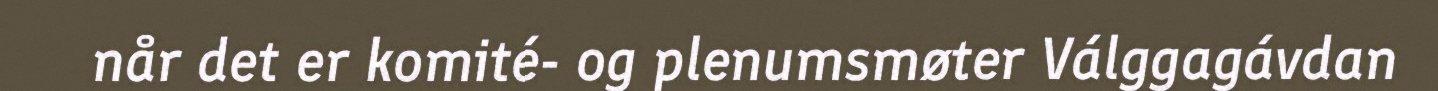
når det er komité- og plenumsmøter Válggagávdan